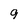
Character: 9